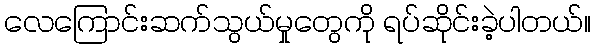
လေကြောင်းဆက်သွယ်မှုတွေကို ရပ်ဆိုင်းခဲ့ပါတယ်။